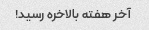
آخر هفته بالاخره رسید!